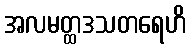
အလမတ္ထဒသတရေဟိ